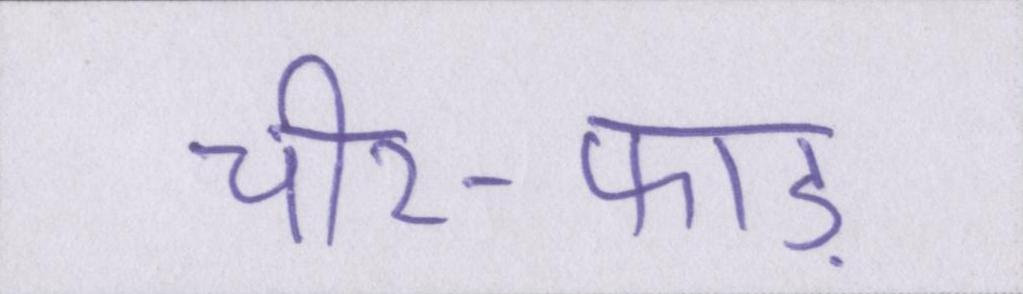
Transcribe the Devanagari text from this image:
चीर-फाड़